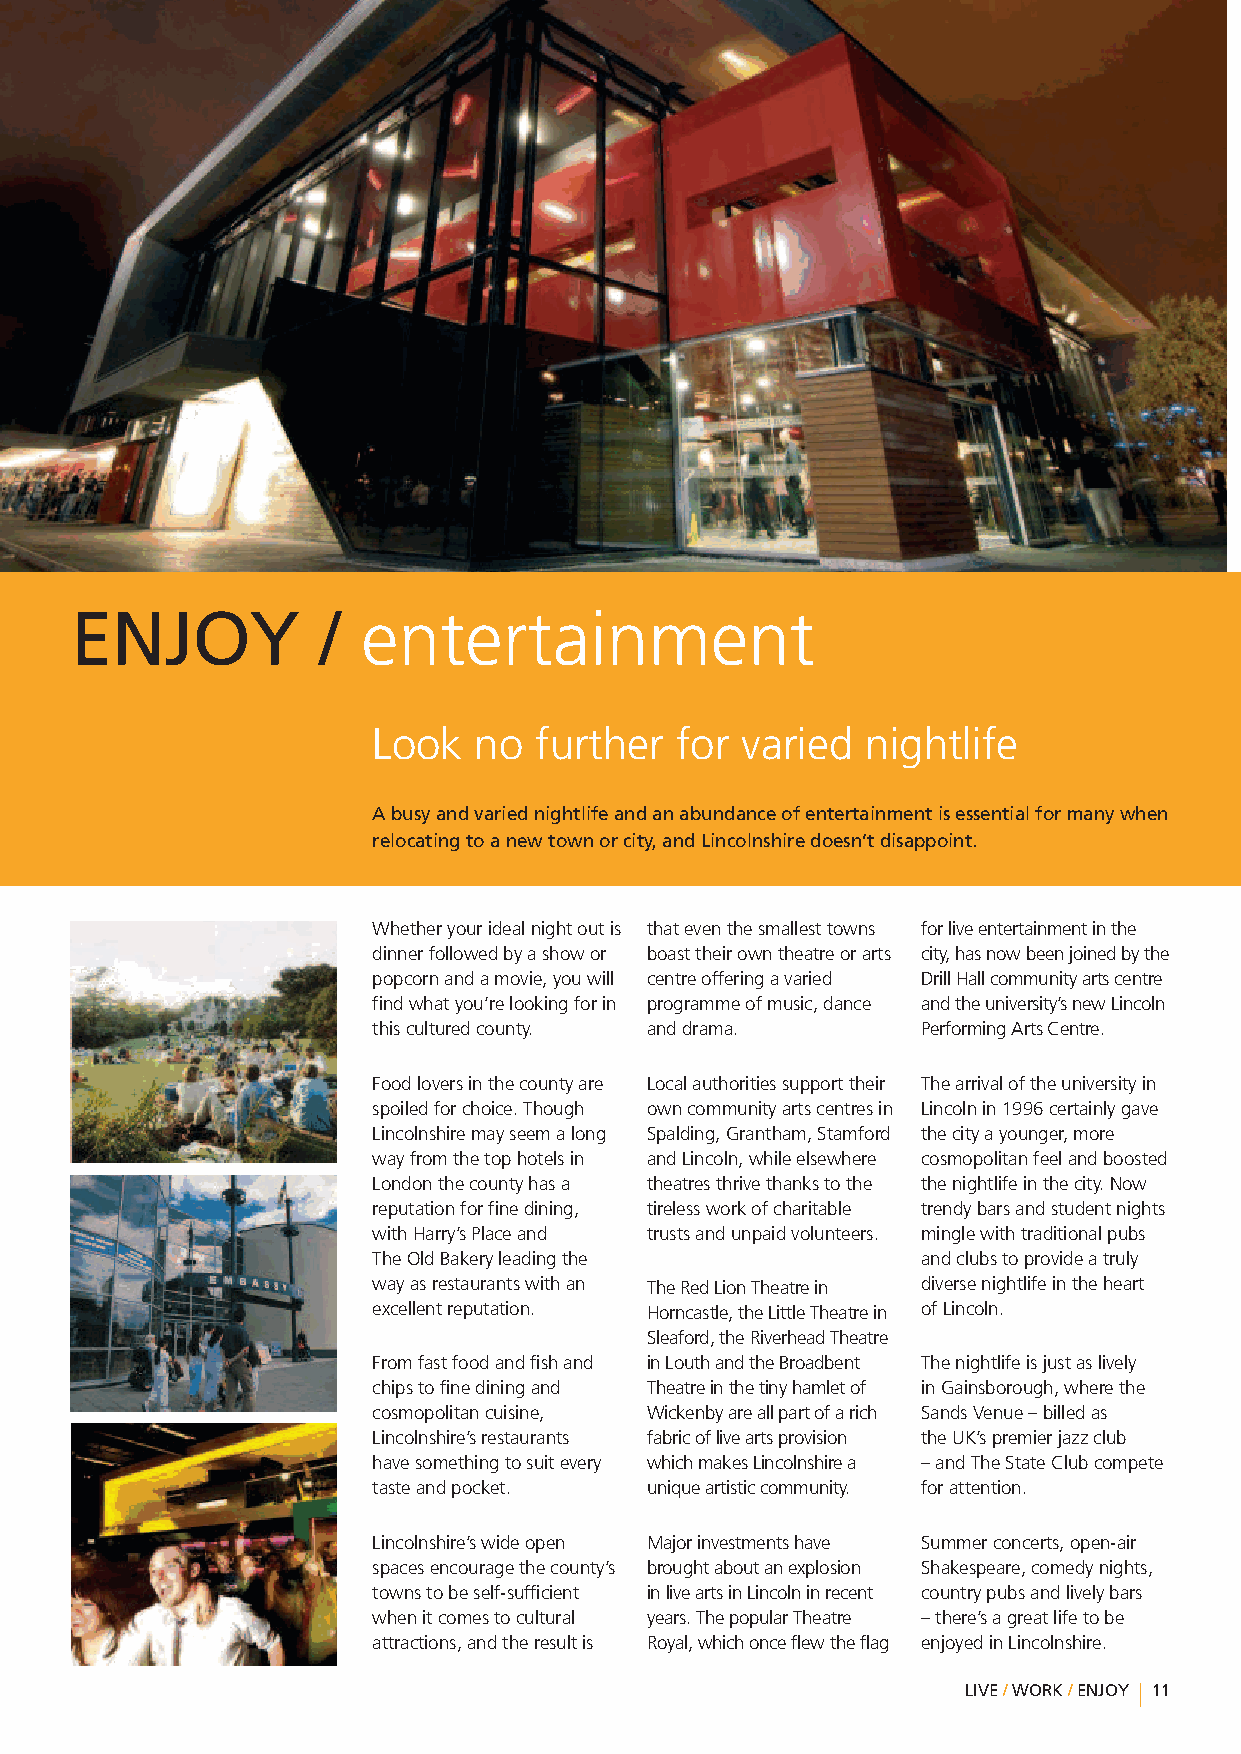
ENJOY           /  entertainment
 Look  no  further   for varied  nightlife
 Abusyandvariednightlifeandanabundanceofentertainmentisessentialformanywhen
 relocatingtoanewtownorcity,andLincolnshiredoesn’tdisappoint.
 Whetheryouridealnightoutis thateventhesmallesttowns forliveentertainmentinthe
 dinnerfollowedbyashowor boasttheirowntheatreorarts city,hasnowbeenjoinedbythe
 popcornandamovie,youwill centreofferingavaried DrillHallcommunityartscentre
 findwhatyou’relookingforin programmeofmusic,dance andtheuniversity’snewLincoln
 thisculturedcounty. anddrama.       PerformingArtsCentre.
 Foodloversinthecountyare Localauthoritiessupporttheir Thearrivaloftheuniversityin
 spoiledforchoice.Though owncommunityartscentresin Lincolnin1996certainlygave
 Lincolnshiremayseemalong Spalding,Grantham,Stamford thecityayounger,more
 wayfromthetophotelsin andLincoln,whileelsewhere cosmopolitanfeelandboosted
 Londonthecountyhasa theatresthrivethankstothe thenightlifeinthecity.Now
 reputationforfinedining, tirelessworkofcharitable trendybarsandstudentnights
 withHarry’sPlaceand trustsandunpaidvolunteers. minglewithtraditionalpubs
 TheOldBakeryleadingthe              andclubstoprovideatruly
 wayasrestaurantswithan TheRedLionTheatrein diversenightlifeintheheart
 excellentreputation. Horncastle,theLittleTheatrein ofLincoln.
 Sleaford,theRiverheadTheatre
 Fromfastfoodandfishand inLouthandtheBroadbent Thenightlifeisjustaslively
 chipstofinediningand Theatreinthetinyhamletof inGainsborough,wherethe
 cosmopolitancuisine, Wickenbyareallpartofarich SandsVenue–billedas
 Lincolnshire’srestaurants fabricofliveartsprovision theUK’spremierjazzclub
 havesomethingtosuitevery whichmakesLincolnshirea –andTheStateClubcompete
 tasteandpocket.   uniqueartisticcommunity. forattention.
 Lincolnshire’swideopen Majorinvestmentshave Summerconcerts,open-air
 spacesencouragethecounty’s broughtaboutanexplosion Shakespeare,comedynights,
 townstobeself-sufficient inliveartsinLincolninrecent countrypubsandlivelybars
 whenitcomestocultural years.ThepopularTheatre –there’sagreatlifetobe
 attractions,andtheresultis Royal,whichonceflewtheflag enjoyedinLincolnshire.
 LIVE/WORK/ENJOY 11